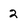
Character: 2